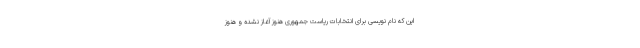
این که نام نویسی برای انتخابات ریاست جمهوری هنوز آغاز نشده و هنوز